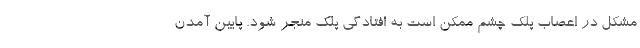
مشکل در اعصاب پلک چشم ممکن است به افتادگی پلک منجر شود. پایین آمدن